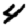
Digit: 4